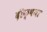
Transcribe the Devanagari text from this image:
दीक्षया